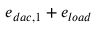
e _ { d a c , 1 } + e _ { l o a d }